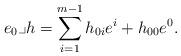
LaTeX: \begin{align*}e_{0}\lrcorner h= \sum_{i=1}^{m-1} h_{0i}e^{i} + h_{00} e^0.\end{align*}